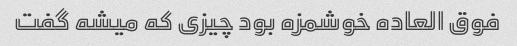
فوق العاده خوشمزه بود چیزی که میشه گفت